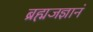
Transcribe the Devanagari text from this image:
ब्रह्मजज्ञानं